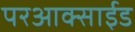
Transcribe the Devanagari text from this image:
परआक्साईड